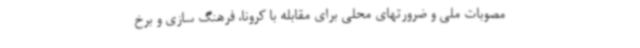
مصوبات ملی و ضرورتهای محلی برای مقابله با کرونا، فرهنگ سازی و برخ